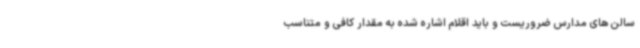
سالن های مدارس ضروریست و باید اقلام اشاره شده به مقدار کافی و متناسب